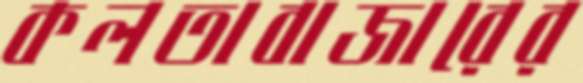
কলতাবাজারের